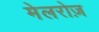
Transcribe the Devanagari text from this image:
मेलरोज़